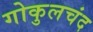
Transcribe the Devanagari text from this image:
गोकुलचंद